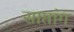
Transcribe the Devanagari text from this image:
साप्तांग